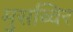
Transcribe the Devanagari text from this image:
मुसब्विर